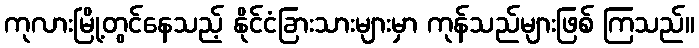
ကုလားမြို့တွင်နေသည့် နိုင်ငံခြားသားများမှာ ကုန်သည်များဖြစ် ကြသည်။